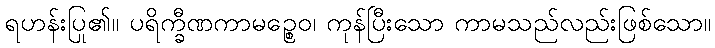
ရဟန်းပြု၏။ ပရိက္ခီဏကာမဉ္စေဝ၊ ကုန်ပြီးသော ကာမသည်လည်းဖြစ်သော။